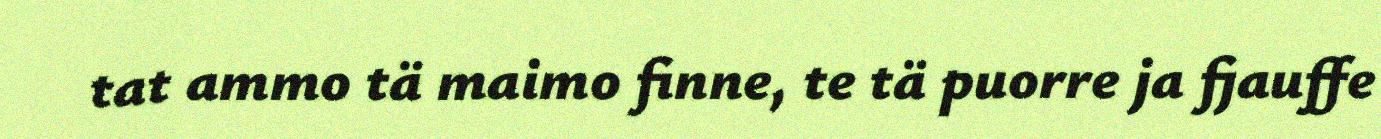
tat ammo tä maimo finne, te tä puorre ja fjauffe